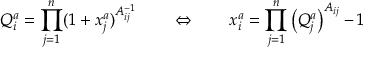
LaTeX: Q _ { i } ^ { a } = \prod _ { j = 1 } ^ { n } ( 1 + x _ { j } ^ { a } ) ^ { A _ { i j } ^ { - 1 } } \qquad \Leftrightarrow \qquad x _ { i } ^ { a } = \prod _ { j = 1 } ^ { n } \left( Q _ { j } ^ { a } \right) ^ { A _ { i j } } - 1